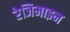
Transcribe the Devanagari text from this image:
रेजिमाइन